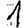
Digit: 1